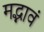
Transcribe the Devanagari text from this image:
मद्भावं